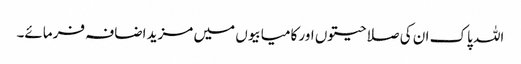
اللہ پاک ان کی صلاحیتوں اور کامیابیوں میں مزید اضافہ فرمائے۔